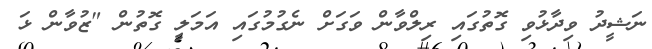
ނަޝީދު ވިދާޅުވި ގޮތުގައި ރިލްވާން ވަގަށް ނެގުމުގައި އަމަލީ ގޮތުން "ޒުވާން ޅަ